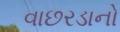
વાછરડાનો